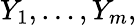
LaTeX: Y_{1},\dots,Y_{m},